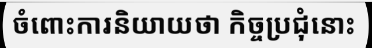
ចំពោះការនិយាយថា កិច្ចប្រជុំនោះ